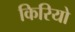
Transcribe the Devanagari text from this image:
किरियो